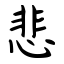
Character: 悲